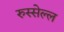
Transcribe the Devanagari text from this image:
रुस्सेल्ल